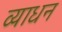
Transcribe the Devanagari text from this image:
व्याधन